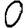
Digit: 0